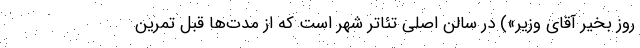
روز بخیر آقای وزیر») در سالن اصلی تئاتر شهر است که از مدت‌ها قبل تمرین